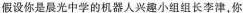
假设你是晨光中学的机器人兴趣小组组长李津，你